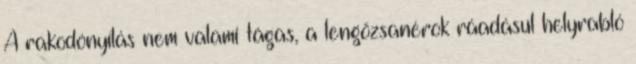
A rakodónyílás nem valami tágas, a lengőzsanérok ráadásul helyrabló